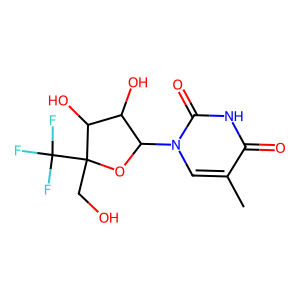
SMILES: Cc1cn(C2OC(CO)(C(F)(F)F)C(O)C2O)c(=O)[nH]c1=O
Inhibits HIV replication: No